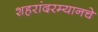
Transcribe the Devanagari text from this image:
शहरांदरम्यानचे